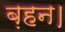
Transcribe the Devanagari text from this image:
ब़हन।